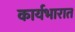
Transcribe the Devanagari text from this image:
कार्यभारात